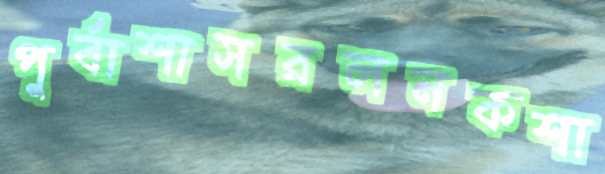
পুর্বাশাসরলনকশা